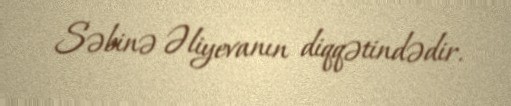
Səbinə Əliyevanın diqqətindədir.